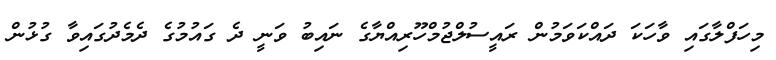
މިހަފްލާގައި ވާހަކަ ދައްކަވަމުން ރައީސުލްޖުމްހޫރިއްޔާގެ ނައިބު ވަނީ ދެ ގައުމުގެ ދެމެދުގައިވާ ގުޅުން